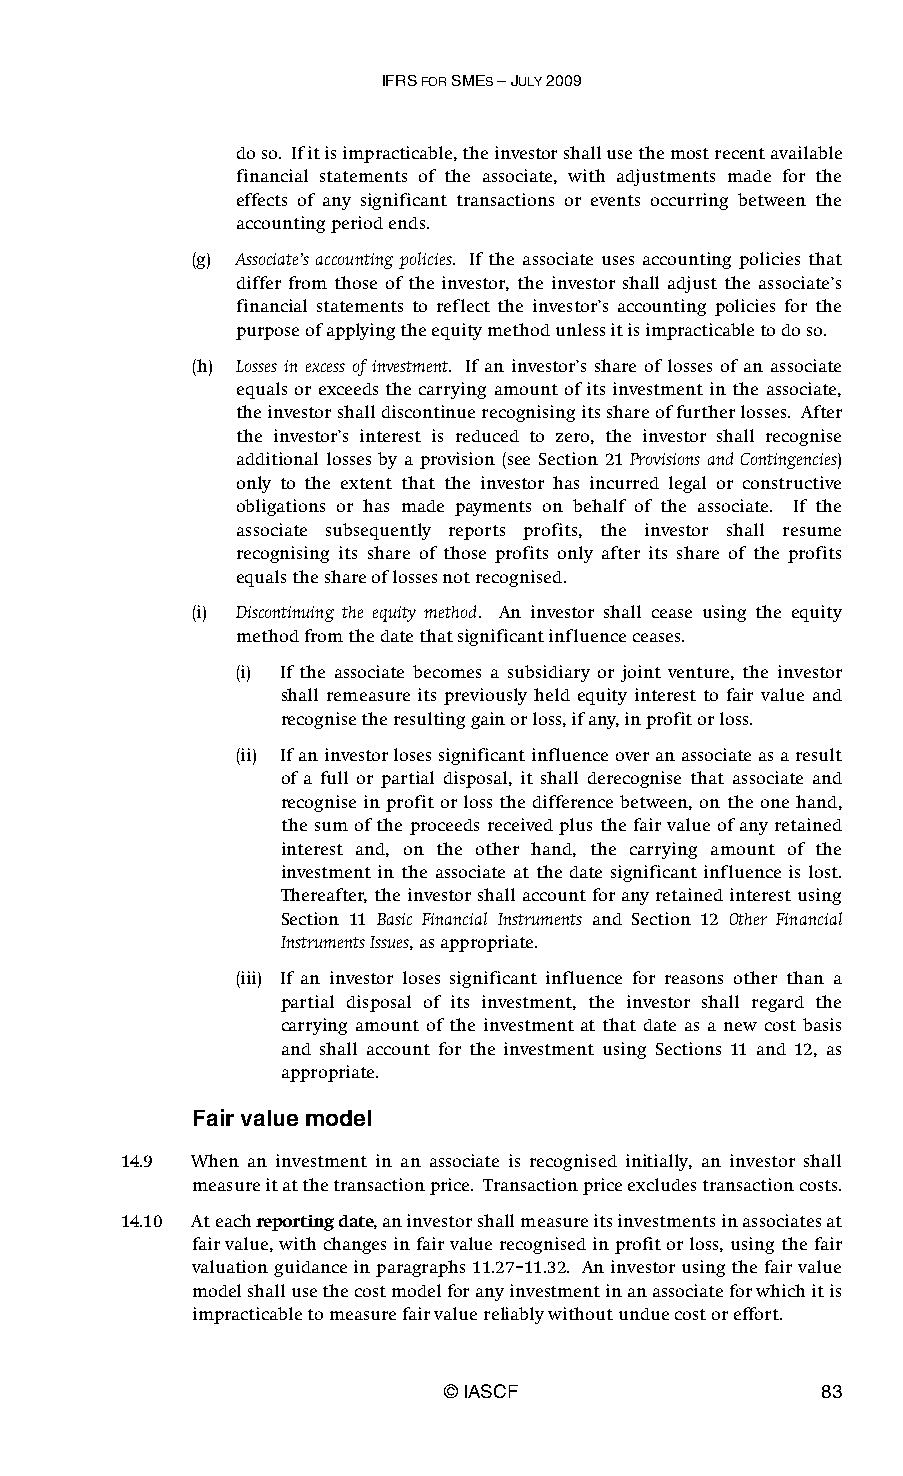
IFRS FOR SMES – JULY 2009
 do so. If it is impracticable, the investor shall use the most recent available
 financial statements of the associate, with adjustments made for the
 effects of any significant transactions or events occurring between the
 accounting period ends.
 (g) Associate’s accounting policies. If the associate uses accounting policies that
 differ from those of the investor, the investor shall adjust the associate’s
 financial statements to reflect the investor’s accounting policies for the
 purpose of applying the equity method unless it is impracticable to do so.
 (h) Losses in excess of investment. If an investor’s share of losses of an associate
 equals or exceeds the carrying amount of its investment in the associate,
 the investor shall discontinue recognising its share of further losses. After
 the investor’s interest is reduced to zero, the investor shall recognise
 additional losses by a provision (see Section 21 Provisions and Contingencies)
 only to the extent that the investor has incurred legal or constructive
 obligations or has made payments on behalf of the associate. If the
 associate subsequently reports profits, the investor shall resume
 recognising its share of those profits only after its share of the profits
 equals the share of losses not recognised.
 (i) Discontinuing the equity method. An investor shall cease using the equity
 method from the date that significant influence ceases.
 (i) If the associate becomes a subsidiary or joint venture, the investor
 shall remeasure its previously held equity interest to fair value and
 recognise the resulting gain or loss, if any, in profit or loss.
 (ii) If an investor loses significant influence over an associate as a result
 of a full or partial disposal, it shall derecognise that associate and
 recognise in profit or loss the difference between, on the one hand,
 the sum of the proceeds received plus the fair value of any retained
 interest and, on the other hand, the carrying amount of the
 investment in the associate at the date significant influence is lost.
 Thereafter, the investor shall account for any retained interest using
 Section 11 Basic Financial Instruments and Section 12 Other Financial
 Instruments Issues, as appropriate.
 (iii) If an investor loses significant influence for reasons other than a
 partial disposal of its investment, the investor shall regard the
 carrying amount of the investment at that date as a new cost basis
 and shall account for the investment using Sections 11 and 12, as
 appropriate.
 Fair value model
 14.9 When an investment in an associate is recognised initially, an investor shall
 measure it at the transaction price. Transaction price excludes transaction costs.
 14.10 At each reporting date, an investor shall measure its investments in associates at
 fair value, with changes in fair value recognised in profit or loss, using the fair
 valuation guidance in paragraphs 11.27–11.32. An investor using the fair value
 model shall use the cost model for any investment in an associate for which it is
 impracticable to measure fair value reliably without undue cost or effort.
 © IASCF                  83